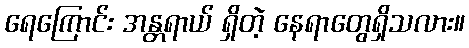
ရေကြောင်း အန္တရာယ် ရှိတဲ့ နေရာတွေရှိသလား။